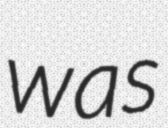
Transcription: was